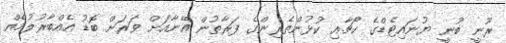
ރޫނީ ބުނީ ޔުނައިޓެޑްގެ ކޯޗާއި ކުޅުންތެރިންގެ ފަރާތުން އޭނާއަށް ވަރަށް ބޮޑު އެއްބާރުލުމެއް